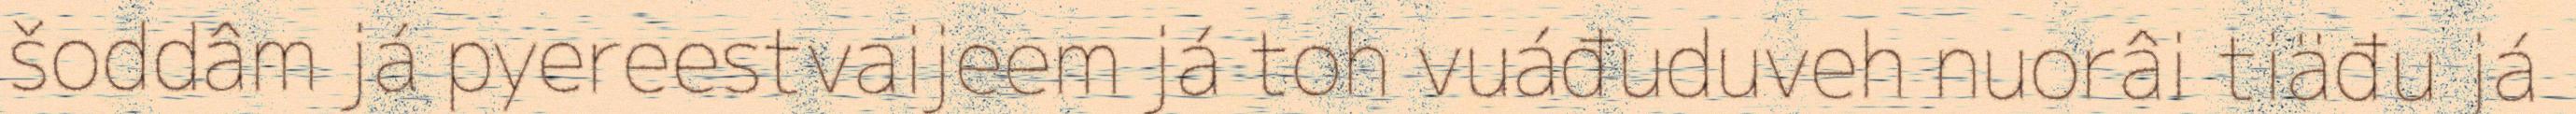
šoddâm já pyereestvaijeem já toh vuáđuduveh nuorâi tiäđu já